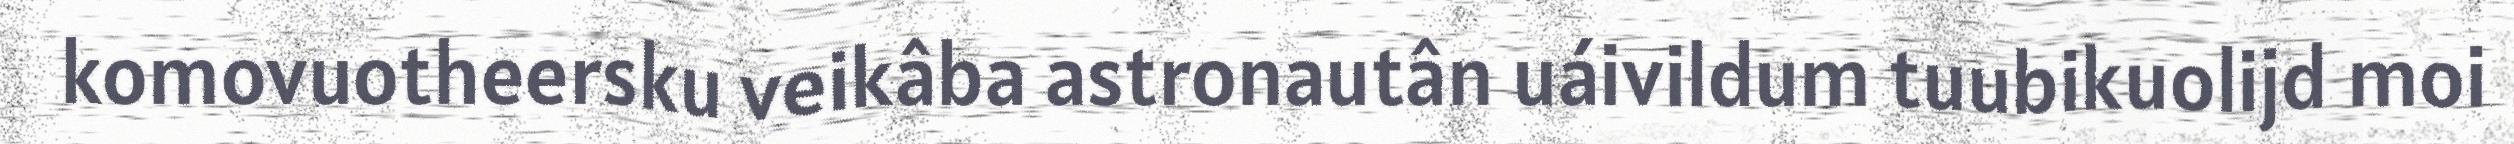
komovuotheersku veikâba astronautân uáivildum tuubikuolijd moi